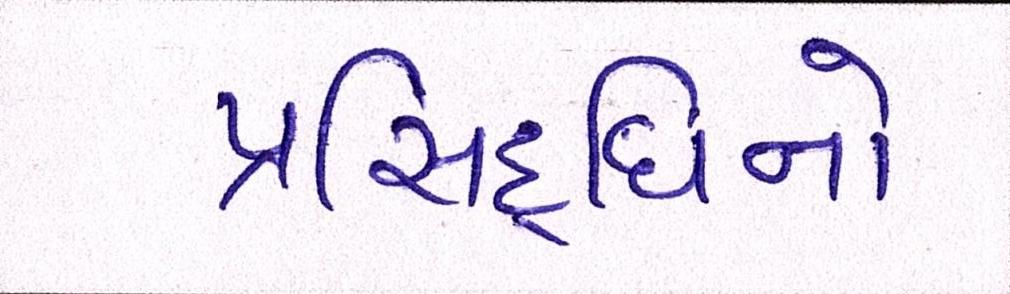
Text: પ્રસિદ્ધિનો